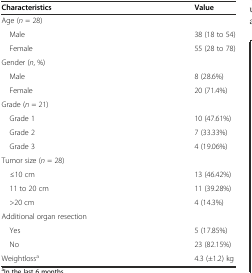
<table><thead><tr><td><b>Characteristics</b></td><td><b>Value</b></td></tr></thead><tbody><tr><td>Age (<i>n</i> = 28)</td><td></td></tr><tr><td> Male</td><td>38 (18 to 54)</td></tr><tr><td> Female</td><td>55 (28 to 78)</td></tr><tr><td>Gender (<i>n</i>, %)</td><td></td></tr><tr><td> Male</td><td>8 (28.6%)</td></tr><tr><td> Female</td><td>20 (71.4%)</td></tr><tr><td>Grade (<i>n</i> = 21)</td><td></td></tr><tr><td> Grade 1</td><td>10 (47.61%)</td></tr><tr><td> Grade 2</td><td>7 (33.33%)</td></tr><tr><td> Grade 3</td><td>4 (19.06%)</td></tr><tr><td>Tumor size (<i>n</i> = 28)</td><td></td></tr><tr><td> ≤10 cm</td><td>13 (46.42%)</td></tr><tr><td> 11 to 20 cm</td><td>11 (39.28%)</td></tr><tr><td> &gt;20 cm</td><td>4 (14.3%)</td></tr><tr><td>Additional organ resection</td><td></td></tr><tr><td> Yes</td><td>5 (17.85%)</td></tr><tr><td> No</td><td>23 (82.15%)</td></tr><tr><td>Weightloss<sup>a</sup></td><td>4.3 (±1.2) kg</td></tr></tbody></table>